Punjab Mental Hospital Lahore 1932-46 - 1932-1946
Year: 1932
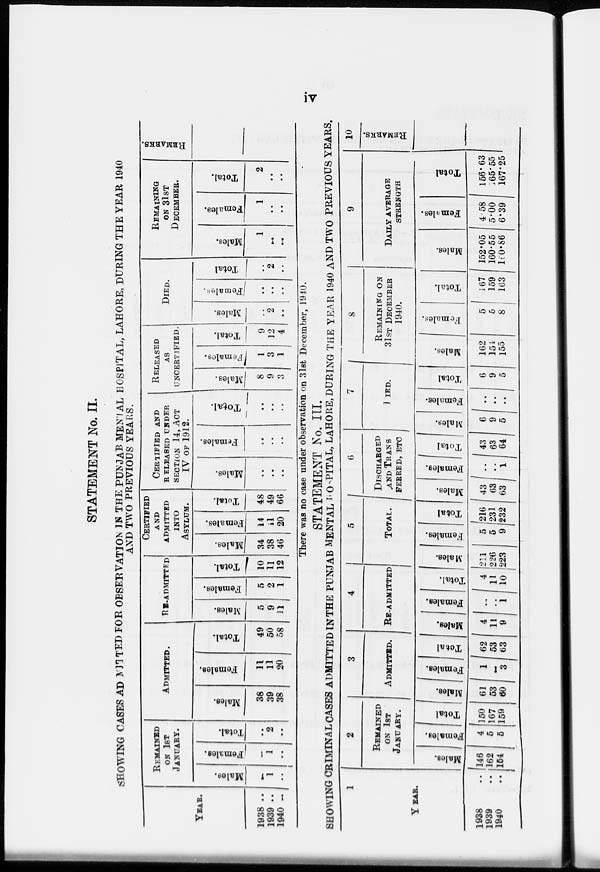
iv
STATEMENT No. II.
SHOWING CASES ADMITTED FOR OBSERVATION IN THE PUNJAB MENTAL HOSPITAL, LAHORE, DURING THE YEAR 1940
AND TWO PREVIOUS YEARS.
YEAR.
1938 ..
1939 ..
1940 ..
REMAINED
ON 1ST
JANUARY.
Males.
..
1
..
Females.
..
1
..
Total.
..
2
..
ADMITTED.
Males.
38
39
38
Females.
11
11
20
Total.
49
50
58
RE-ADMTTTED
Males.
5
9
11
Females.
5
2
1
Total.
10
11
12
CERTIFIED
AND
ADMITTED
INTO
ASYLUM.
Males.
34
38
46
Females.
14
11
20
Total.
48
49
66
CERTIFIED AND
RELEASED UNDER
SECTION 14, ACT
IV OF 1912.
Males.
..
..
..
Females.
..
..
..
Total.
..
..
..
RELEASED
AS
UNCERTIFIED.
Males.
8
9
3
Females.
1
3
1
Total.
9
12
4
DIED.
Males.
..
2
..
Females.
..
..
..
Total
..
2
..
REMAINING
ON 31ST
DECEMBER.
Males.
1
..
..
Females.
1
..
..
Total.
2
..
..
REMARKS.
There was no case under observation on 31st December, 1940.
STATEMENT No. III.
SHOWING CRIMINAL CASES ADMITTED IN THE PUNJAB MENTAL HOSPITAL, LAHORE, DURING THE YEAR 1940 AND TWO PREVIOUS YEARS.
1
YEAR.
1938 ..
1939
..
1940 ..
2
REMAINED
ON 1ST
JANUARY.
Males.
146
162
164
Females.
4
5
5
Total.
150
167
159
3
ADMITTED.
Males.
61
53
60
Females.
1
..
3
Total.
62
53
63
4
RE-ADMITTED
Males.
4
11
9
Females.
..
..
..
Total.
4
11
10
5
TOTAL.
Males.
211
226
223
Females.
5
5
9
Total.
216
231
232
6
DISCHARGED
AND TRANS
FERRED,
ETC
Males.
43
63
63
Females.
.. ..
1
Total.
43
63
64
7
DIED.
Males.
6
9
5
Females.
..
..
..
Total.
6
9
5
8
REMAINING ON
31ST DECEMBER
1940.
Males.
162
154
155
Females.
5
6
8
Total.
167
159
163
9
DAILY AVERAGE
STRENGTH
Males.
152.05
160.55
160.86
Females.
4.58
5.00
6.39
Total.
156.63
165.55
167.25
10
REMARKS.